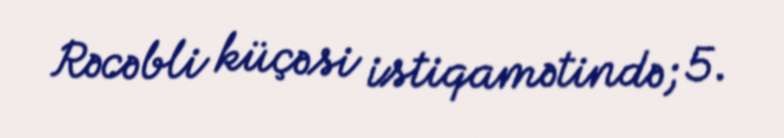
Rəcəbli küçəsi istiqamətində; 5.